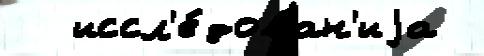
  иссл'е́дован'иjа